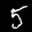
Label: 5